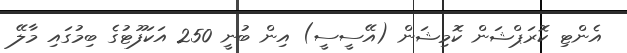
އެންޓި ކޮރަޕްޝަން ކޮމިޝަން (އޭސީސީ) އިން ބުނީ 250 އަކަފޫޓުގެ ބިމުގައި މާލޭ